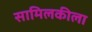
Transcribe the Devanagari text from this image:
सामिलकीला